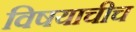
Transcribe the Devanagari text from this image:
विषयाचीच